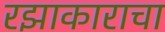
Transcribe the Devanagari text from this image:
रझाकाराचा